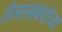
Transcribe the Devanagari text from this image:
तेलासंबंधीच्या